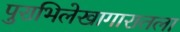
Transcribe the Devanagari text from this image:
पुराभिलेखागारातला